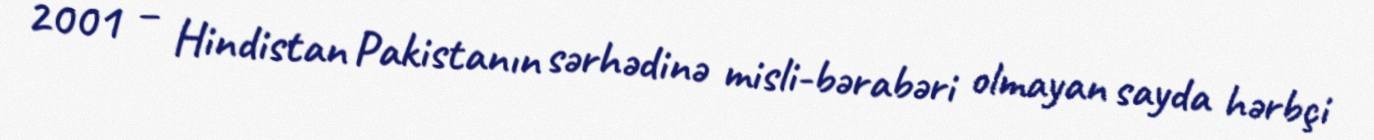
2001 – Hindistan Pakistanın sərhədinə misli-bərabəri olmayan sayda hərbçi